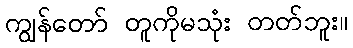
ကျွန်တော် တူကိုမသုံး တတ်ဘူး။